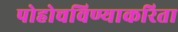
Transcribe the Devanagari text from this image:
पोहोचविण्याकरिता